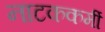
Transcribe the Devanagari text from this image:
नाटककर्मी